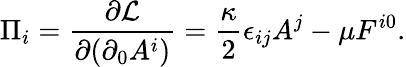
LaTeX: \Pi_{i}=\frac{\partial{\cal L}}{\partial(\partial_{0}A^{i})}=\frac{\kappa}{2}\epsilon_{ij}A^{j}-\mu F^{i0}.